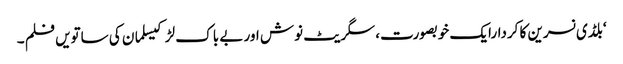
‘بلڈی نسرین کا کردارایک خوبصورت، سگریٹ نوش اور بے باک لڑکیسلمان کی ساتویں فلم ۔